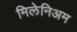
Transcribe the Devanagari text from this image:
मिलेनिअम